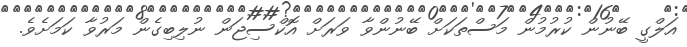
އަލްގީ ބޭނުން ކުރުމުން މަސްތަކަށް ބޭނުންވާ ވަރަށް އޮކްސިޖަން ނުލިބިގެން މަރުވާ ކަމަށެވެ.